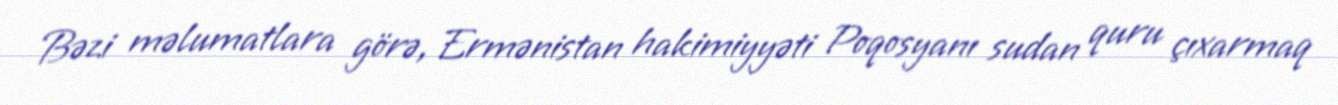
Bəzi məlumatlara görə, Ermənistan hakimiyyəti Poqosyanı sudan quru çıxarmaq